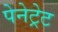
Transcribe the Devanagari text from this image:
पेनेट्रेट